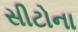
સીટોના